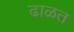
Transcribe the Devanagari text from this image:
ढाळत